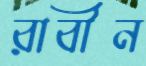
রাবীন